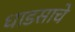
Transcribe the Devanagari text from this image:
धाडसाचे